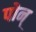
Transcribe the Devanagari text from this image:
पोन्